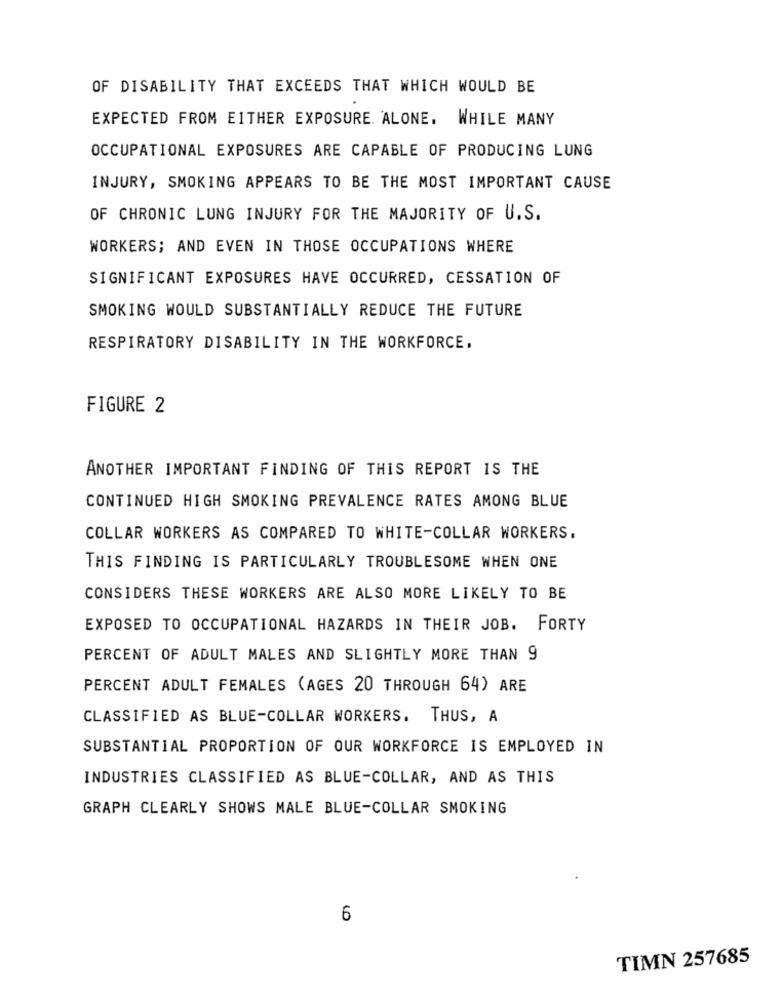
OF DISABILITY THAT EXCEEDS THAT WHICH WOULD BE
EXPECTED FROM EITHER EXPOSURE. ALONE. WHILE MANY
OCCUPATIONAL EXPOSURES ARE CAPABLE OF PRODUCING LUNG
INJURY, SMOKING APPEARS TO BE THE MOST IMPORTANT CAUSE
OF CHRONIC LUNG INJURY FOR THE MAJORITY OF U.S.
WORKERS; AND EVEN IN THOSE OCCUPATIONS WHERE
SIGNIFICANT EXPOSURES HAVE OCCURRED, CESSATION OF
SMOKING WOULD SUBSTANTIALLY REDUCE THE FUTURE
RESPIRATORY DISABILITY IN THE WORKFORCE.
FIGURE 2
ANOTHER IMPORTANT FINDING OF THIS REPORT IS THE
CONTINUED HIGH SMOKING PREVALENCE RATES AMONG BLUE
COLLAR WORKERS AS COMPARED TO WHITE-COLLAR WORKERS.
THIS FINDING IS PARTICULARLY TROUBLESOME WHEN ONE
CONSIDERS THESE WORKERS ARE ALSO MORE LIKELY TO BE
EXPOSED TO OCCUPATIONAL HAZARDS IN THEIR JOB. FORTY
PERCENT OF ADULT MALES AND SLIGHTLY MORE THAN 9
PERCENT ADULT FEMALES (AGES 20 THROUGH 64) ARE
CLASSIFIED AS BLUE-COLLAR WORKERS. THUS, A
SUBSTANTIAL PROPORTION OF OUR WORKFORCE IS EMPLOYED IN
INDUSTRIES CLASSIFIED AS BLUE-COLLAR, AND AS THIS
GRAPH CLEARLY SHOWS MALE BLUE-COLLAR SMOKING
6
TIMN 257685